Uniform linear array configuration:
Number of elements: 48
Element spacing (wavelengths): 0.5
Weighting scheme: uniform
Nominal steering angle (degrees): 15
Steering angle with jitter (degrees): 15.532
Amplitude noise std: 0.05
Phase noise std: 0.05

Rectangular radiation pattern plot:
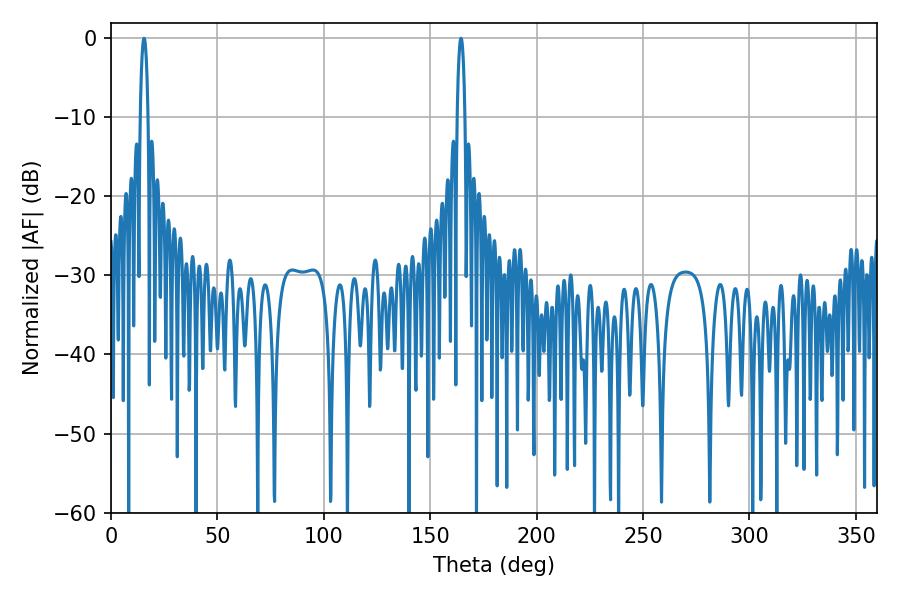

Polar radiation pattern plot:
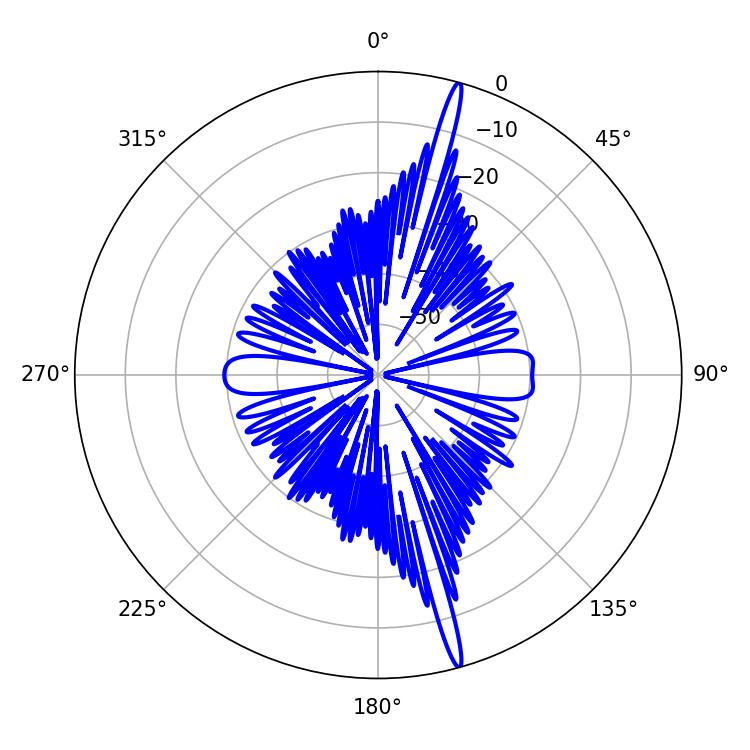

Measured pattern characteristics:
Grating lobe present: FALSE
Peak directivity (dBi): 19.363
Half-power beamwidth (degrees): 1.98
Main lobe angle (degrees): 15.48